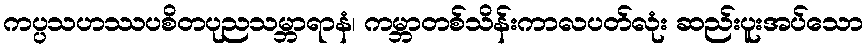
ကပ္ပသဟဿပစိတပုညသမ္ဘာရာနံ၊ ကမ္ဘာတစ်သိန်းကာလပတ်လုံး ဆည်းပူးအပ်သော